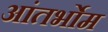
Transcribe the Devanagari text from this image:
आंतर्भोम